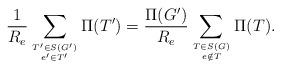
LaTeX: \begin{align*}\frac{1}{R_{e}}\sum_{T'\in S(G') \atop e'\in T'}\Pi(T') = \frac{\Pi(G')}{R_{e}}\sum_{T \in S(G) \atop e \notin T}\Pi(T).\end{align*}